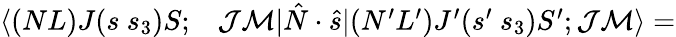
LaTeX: \begin{array}{rl}{\langle(NL)J(s~s_{3})S;}&{{}\mathcal{J}\mathcal{M}|\hat{N}\cdot\hat{s}|(N^{\prime}L^{\prime})J^{\prime}(s^{\prime}~s_{3})S^{\prime};\mathcal{J}\mathcal{M}\rangle=}\end{array}